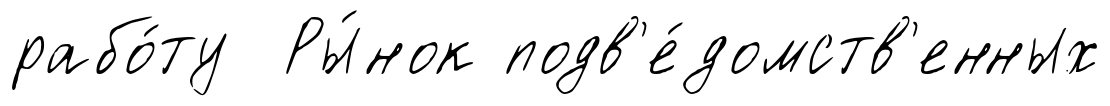
рабо́ту Ры́нок подв'е́домств'енных